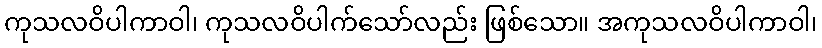
ကုသလဝိပါကာဝါ၊ ကုသလဝိပါက်သော်လည်း ဖြစ်သော။ အကုသလဝိပါကာဝါ၊